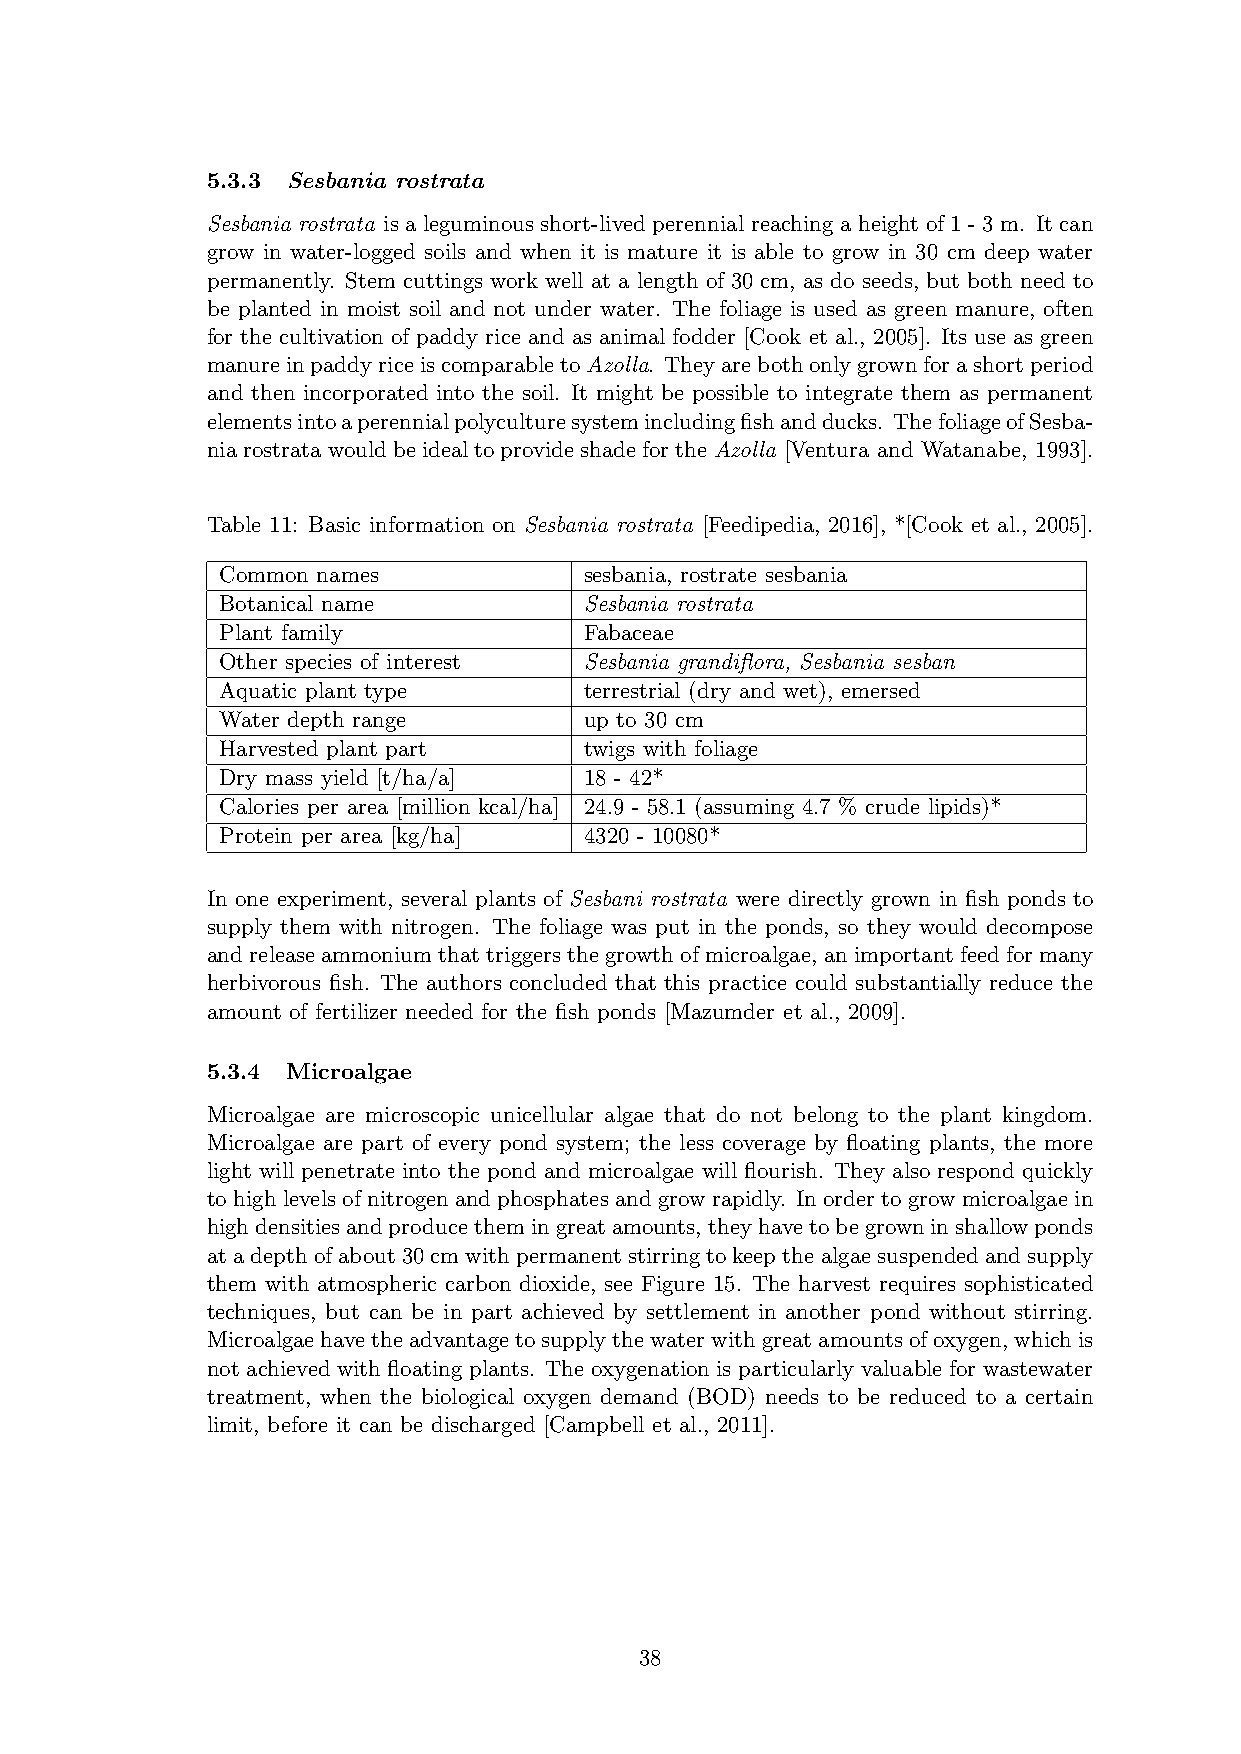
5.3.3 Sesbania rostrata
 Sesbania rostrata is a leguminous short-lived perennial reaching a height of 1 - 3 m. It can
 grow in water-logged soils and when it is mature it is able to grow in 30 cm deep water
 permanently. Stem cuttings work well at a length of 30 cm, as do seeds, but both need to
 be planted in moist soil and not under water. The foliage is used as green manure, often
 for the cultivation of paddy rice and as animal fodder [Cook et al., 2005]. Its use as green
 manureinpaddyriceiscomparabletoAzolla. Theyarebothonlygrownforashortperiod
 and then incorporated into the soil. It might be possible to integrate them as permanent
 elementsintoaperennialpolyculturesystemincludingfishandducks. ThefoliageofSesba-
 niarostratawouldbeidealtoprovideshadefortheAzolla [Ventura and Watanabe, 1993].
 Table 11: Basic information on Sesbania rostrata [Feedipedia, 2016], *[Cook et al., 2005].
 Common names            sesbania, rostrate sesbania
 Botanical name          Sesbania rostrata
 Plant family            Fabaceae
 Other species of interest Sesbania grandiflora, Sesbania sesban
 Aquatic plant type      terrestrial (dry and wet), emersed
 Water depth range       up to 30 cm
 Harvested plant part    twigs with foliage
 Dry mass yield [t/ha/a] 18 - 42*
 Calories per area [million kcal/ha] 24.9 - 58.1 (assuming 4.7 % crude lipids)*
 Protein per area [kg/ha] 4320 - 10080*
 In one experiment, several plants of Sesbani rostrata were directly grown in fish ponds to
 supply them with nitrogen. The foliage was put in the ponds, so they would decompose
 andreleaseammoniumthattriggersthegrowthofmicroalgae, animportantfeedformany
 herbivorous fish. The authors concluded that this practice could substantially reduce the
 amount of fertilizer needed for the fish ponds [Mazumder et al., 2009].
 5.3.4 Microalgae
 Microalgae are microscopic unicellular algae that do not belong to the plant kingdom.
 Microalgae are part of every pond system; the less coverage by floating plants, the more
 light will penetrate into the pond and microalgae will flourish. They also respond quickly
 to high levels of nitrogen and phosphates and grow rapidly. In order to grow microalgae in
 highdensitiesandproducethemingreatamounts, theyhavetobegrowninshallowponds
 atadepthofabout30cmwithpermanentstirringtokeepthealgaesuspendedandsupply
 them with atmospheric carbon dioxide, see Figure 15. The harvest requires sophisticated
 techniques, but can be in part achieved by settlement in another pond without stirring.
 Microalgaehavetheadvantagetosupplythewaterwithgreatamountsofoxygen, whichis
 not achieved with floating plants. The oxygenation is particularly valuable for wastewater
 treatment, when the biological oxygen demand (BOD) needs to be reduced to a certain
 limit, before it can be discharged [Campbell et al., 2011].
 38